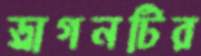
ড্রাগনটির